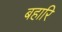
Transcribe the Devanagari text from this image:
बहारि